Report on sanitation, dispensaries, and jails in Rajputana for 1915, and on vaccination for the year 1915-1916 - 1915-1916
Year: 1915
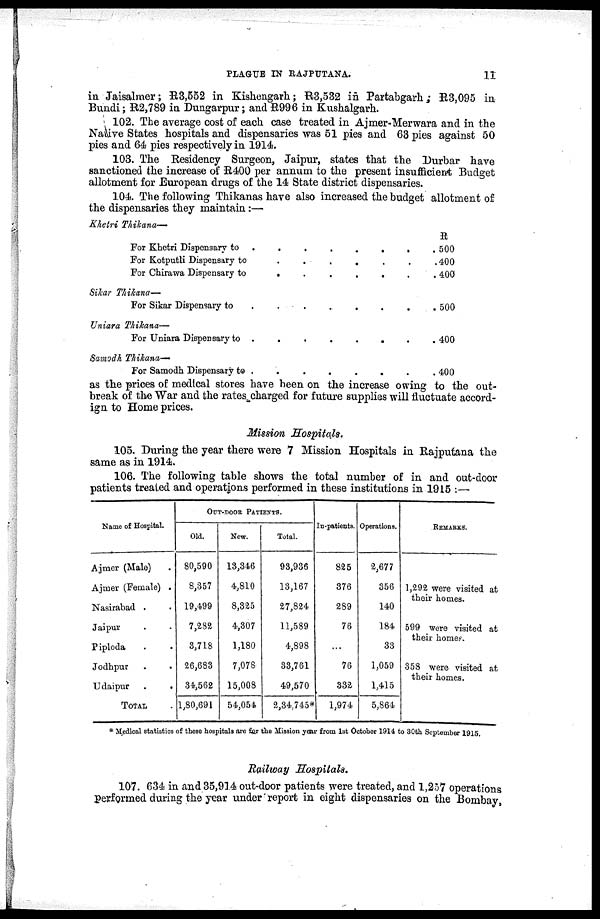
PLAGUE IN RAJPUTANA.
11
in Jaisalmer; R3,552 in Kishengarh; R3,532 in Partabgarh; R3,095 in
Bundi; R2,789 in Dungarpur; and R996 in Kushalgarh.
102. The average cost of each case treated in Ajmer-Merwara and in the
Native States hospitals and dispensaries was 51 pies and 63 pies against 50
pies and 64 pies respectively in 1914.
103. The Residency Surgeon, Jaipur, states that the Durbar have
sanctioned the increase of R400 per annum to the present insufficient Budget
allotment for European drugs of the 14 State district dispensaries.
104. The following Thikanas have also increased the budget allotment of
the dispensaries they maintain :—
Khetri Thikana—
For Khetri Dispensary to .
.
.
.
.
.
.
For Kotputli Dispensary to
.
.
.
.
.
.
.
For Chirawa Dispensary to
.
.
.
.
.
.
.
Sikar Thikana—
For Sikar Dispensary to
.
.
.
.
.
.
.
.
Uniara Thikana—
For Uniara Dispensary to .
.
.
.
.
.
.
Samodh Thikana—
For Samodh Dispensary to .
.
.
.
.
.
.
R
500
400
400
500
400
400
as the prices of medical stores have been on the increase owing to the out-
break of the War and the rates charged for future supplies will
fluctuate
accordign
Mission Hospitals.
105. During the year there were 7 Mission Hospitals in Rajputana the
same as in 1914.
106. The following table shows the total number of in and out-door
patients treated and operations performed in these institutions in 1915 :—
Name of Hospital.
Ajmer (Male) .
Ajmer (Female) .
Nasirabad . .
Jaipur . .
Piploda . .
Jodhpur . .
Udaipur
.
.
TOTAL .
OUT-DOOR PATIENTS.
Old.
80,590
8,357
19,499
7,282
3,718
26,683
34,562
1,80,691
New.
13,346
4,810
8,325
4,307
1,180
7,078
15,008
54,054
Total.
93,936
13,167
27,824
11,589
4,898
33,761
49,570
2,34,745*
In-patients.
825
376
289
76
...
76
332
1,974
Operations.
2,677
356
140
184
33
1,059
1,415
5,864
REMARKS.
1,292 were visited at
their homes.
599 were visited at
their homes.
358 were visited at
their homes.
* Medical statistics of these hospitals are for the Mission year from 1st October 1914 to 30th September 1915.
Railway Hospitals.
107. 634 in and 35,914 out-door patients were treated, and 1,257 operations
performed during the year under report in eight dispensaries on the Bombay,